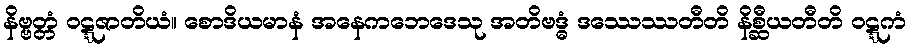
နိဗ္ဗတ္တံ ဝဋ္ဋဇာတိယံ။ စောဒိယမာနံ အနေကဘေဒေသု အတိဗဒ္ဓံ ဒဿေဿတီတိ နိစ္ဆီယတီတိ ဝဋ္ဋကံ